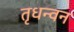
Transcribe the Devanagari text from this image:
तृधन्वन